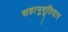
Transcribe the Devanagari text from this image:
सहानुभूतिदार